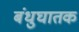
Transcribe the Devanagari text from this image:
बंधुघातक